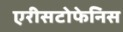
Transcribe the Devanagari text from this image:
एरीसटोफेनिस